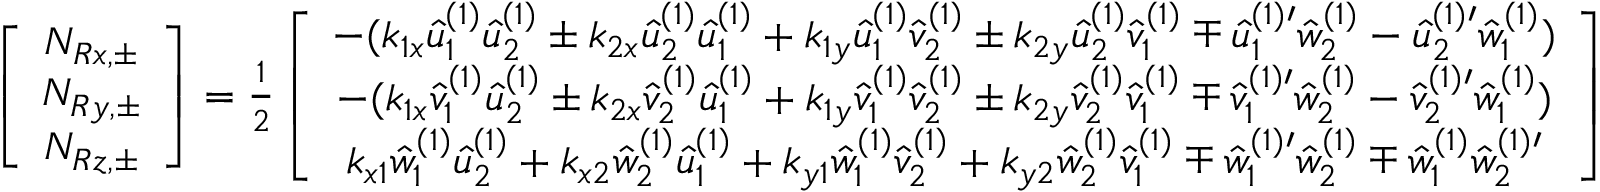
\begin{array} { r } { \left[ \begin{array} { c c c } { N _ { R x , \pm } } \\ { N _ { R y , \pm } } \\ { N _ { R z , \pm } } \end{array} \right] = \frac 1 2 \left[ \begin{array} { c c c } { - ( k _ { 1 x } \hat { u } _ { 1 } ^ { ( 1 ) } \hat { u } _ { 2 } ^ { ( 1 ) } \pm k _ { 2 x } \hat { u } _ { 2 } ^ { ( 1 ) } \hat { u } _ { 1 } ^ { ( 1 ) } + k _ { 1 y } \hat { u } _ { 1 } ^ { ( 1 ) } \hat { v } _ { 2 } ^ { ( 1 ) } \pm k _ { 2 y } \hat { u } _ { 2 } ^ { ( 1 ) } \hat { v } _ { 1 } ^ { ( 1 ) } \mp \hat { u } _ { 1 } ^ { ( 1 ) \prime } \hat { w } _ { 2 } ^ { ( 1 ) } - \hat { u } _ { 2 } ^ { ( 1 ) \prime } \hat { w } _ { 1 } ^ { ( 1 ) } ) } \\ { - ( k _ { 1 x } \hat { v } _ { 1 } ^ { ( 1 ) } \hat { u } _ { 2 } ^ { ( 1 ) } \pm k _ { 2 x } \hat { v } _ { 2 } ^ { ( 1 ) } \hat { u } _ { 1 } ^ { ( 1 ) } + k _ { 1 y } \hat { v } _ { 1 } ^ { ( 1 ) } \hat { v } _ { 2 } ^ { ( 1 ) } \pm k _ { 2 y } \hat { v } _ { 2 } ^ { ( 1 ) } \hat { v } _ { 1 } ^ { ( 1 ) } \mp \hat { v } _ { 1 } ^ { ( 1 ) \prime } \hat { w } _ { 2 } ^ { ( 1 ) } - \hat { v } _ { 2 } ^ { ( 1 ) \prime } \hat { w } _ { 1 } ^ { ( 1 ) } ) } \\ { k _ { x 1 } \hat { w } _ { 1 } ^ { ( 1 ) } \hat { u } _ { 2 } ^ { ( 1 ) } + k _ { x 2 } \hat { w } _ { 2 } ^ { ( 1 ) } \hat { u } _ { 1 } ^ { ( 1 ) } + k _ { y 1 } \hat { w } _ { 1 } ^ { ( 1 ) } \hat { v } _ { 2 } ^ { ( 1 ) } + k _ { y 2 } \hat { w } _ { 2 } ^ { ( 1 ) } \hat { v } _ { 1 } ^ { ( 1 ) } \mp \hat { w } _ { 1 } ^ { ( 1 ) \prime } \hat { w } _ { 2 } ^ { ( 1 ) } \mp \hat { w } _ { 1 } ^ { ( 1 ) } \hat { w } _ { 2 } ^ { ( 1 ) \prime } } \end{array} \right] } \end{array}